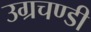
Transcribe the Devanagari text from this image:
उग्रचण्डी